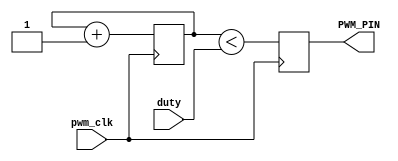
module pwm(
    input pwm_clk,
    input [7:0] duty,
    output reg PWM_PIN
    );

reg [7:0] count = 0;

always @(posedge pwm_clk)
begin
  count <= count + 1;
  PWM_PIN <= (count < duty);
end

endmodule